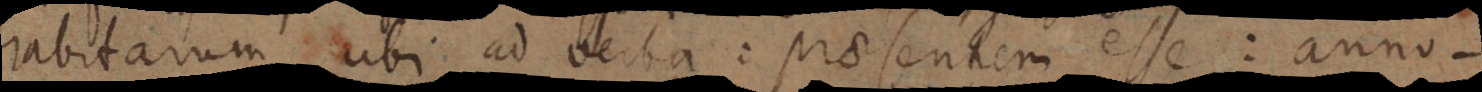
habitarum, ubi ad verba: praesentem esse: anno